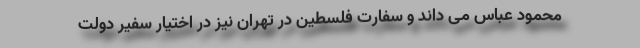
محمود عباس می داند و سفارت فلسطین در تهران نیز در اختیار سفیر دولت